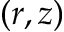
( r , z )